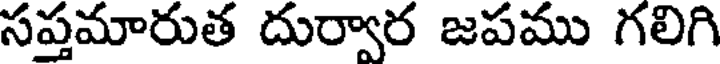
సప్తమారుత దుర్వార జపము గలిగి